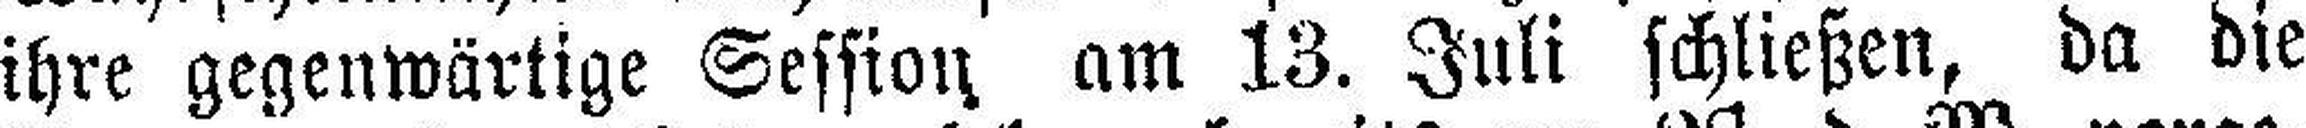
ihre gegenwärtige Session am 13. Juli schließen, da die